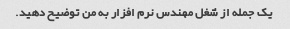
یک جمله از شغل مهندس نرم افزار به من توضیح دهید.